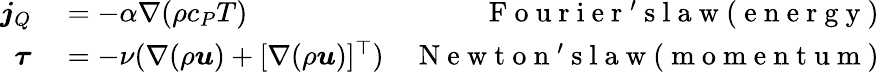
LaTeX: \begin{array}{rlr}{\boldsymbol{j}_{Q}}&{{}=-\alpha\nabla(\rho c_{P}T)}&{\mathrm{~F~o~u~r~i~e~r~'~s~l~a~w~(~e~n~e~r~g~y~)~}}\\ {\boldsymbol{\tau}}&{{}=-\nu(\nabla(\rho\boldsymbol{u})+[\nabla(\rho\boldsymbol{u})]^{\top})}&{\mathrm{~N~e~w~t~o~n~'~s~l~a~w~(~m~o~m~e~n~t~u~m~)~}}\end{array}